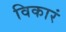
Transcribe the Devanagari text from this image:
विकारं